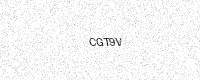
Text: CGT9V